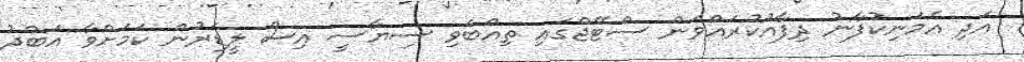
އަދި އެމަނިކުފާނު ދިފާއުކުރައްވަން ސްޓޭޖްގައި ތިއްބެވި ސިޔާސީ އިސް ލީޑަރުން ކަމަށްވާ އަބްދު